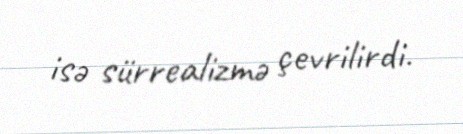
isə sürrealizmə çevrilirdi.